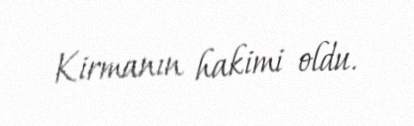
Kirmanın hakimi oldu.